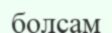
болсам